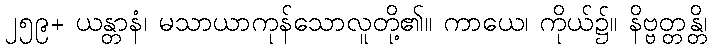
၂၅၉+ ယန္တာနံ၊ မသာယာကုန်သောလူတို့၏။ ကာယေ၊ ကိုယ်၌။ နိဗ္ဗတ္တန္တိ၊